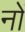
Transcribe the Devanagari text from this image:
नों